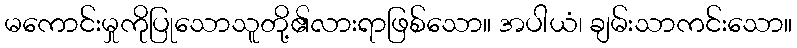
မကောင်းမှုကိုပြုသောသူတို့၏လားရာဖြစ်သော။ အပါယံ၊ ချမ်းသာကင်းသော။